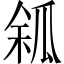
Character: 𤫿